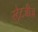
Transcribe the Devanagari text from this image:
स्ट्रैटजीज़